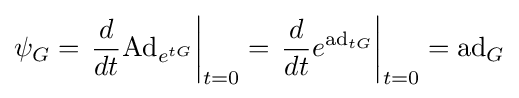
\psi _{G}=\left.{\frac {d}{dt}}\mathrm {Ad} _{e^{tG}}\right|_{t=0}=\left.{\frac {d}{dt}}e^{\mathrm {ad} _{tG}}\right|_{t=0}=\mathrm {ad} _{G}